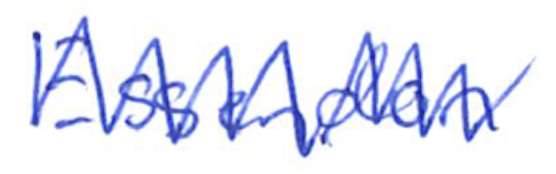
Text: Essendon
Cross-out: zig-zag
Writing tool: ballpoint